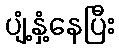
ပျံ့နှံ့နေပြီး